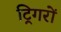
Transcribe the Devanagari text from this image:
ट्रिगरों